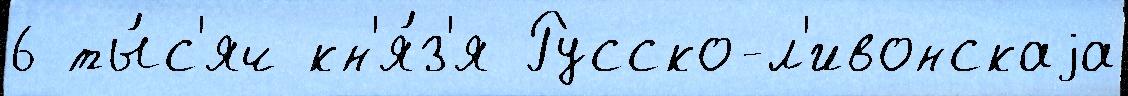
6 ты́с'яч кн'я́з'я Русско-л'ивонскаjа